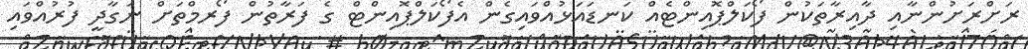
ރަށްރަށުންނާއި ދާއިރާތަކުން ފޯކަލްޕޮއިންޓެއް ކަނޑައަޅުއްވައިގެން އެފޯކަލްޕޮއިންޓް ގެ ފަރާތުން ފޯރމްތަށް ނަގާދީ ފުރުއްވައި